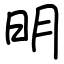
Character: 明